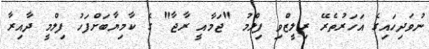
ނުވަދިހައިގެ އަހަރުތެރޭ ރިލީޒްވި ފިލްމު "ޖަމާއީ ރާޖާ" ގެ ކާމިޔާބަށްފަހު ފިލްމީ ދާއިރާ